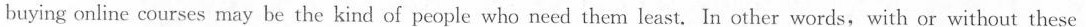
buying online courses may be the kind of people who need them least. In other words, with or without these